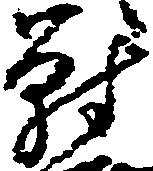
対